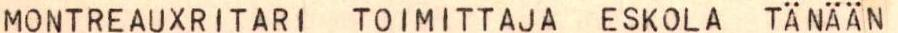
MONTREAUXRITARI TOIMITTAJA ESKOLA TÄNÄÄN